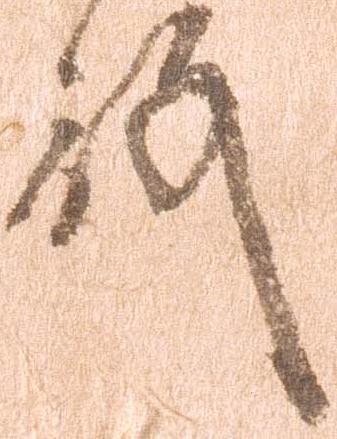
殿